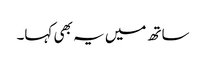
ساتھ میں یہ بھی کہا۔